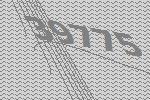
39775